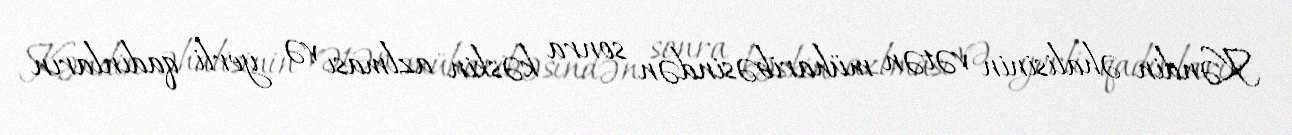
Kəndin əhalisinin vətən müharibəsindən sonra kəskin azlması və yerli qadınların